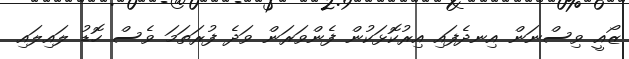
ޒޯއީ ވިސްނަން އިނދެފައި އިރުކޮޅަކުން ފެންވަރަން ވަދެ ފުރަތަމަ ވެސް ހޮޑު ލައިލައި